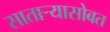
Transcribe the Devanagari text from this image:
सातार्‍यासोबत